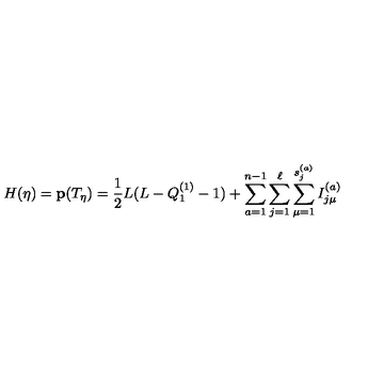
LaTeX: H ( \eta ) = { \bf p } ( T _ { \eta } ) = { \frac { 1 } { 2 } } L ( L - Q _ { 1 } ^ { ( 1 ) } - 1 ) + \sum _ { a = 1 } ^ { n - 1 } \sum _ { j = 1 } ^ { \ell } \sum _ { \mu = 1 } ^ { s _ { j } ^ { ( a ) } } I _ { j \mu } ^ { ( a ) }